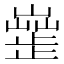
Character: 𣦣